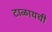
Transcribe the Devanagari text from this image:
टाळायची